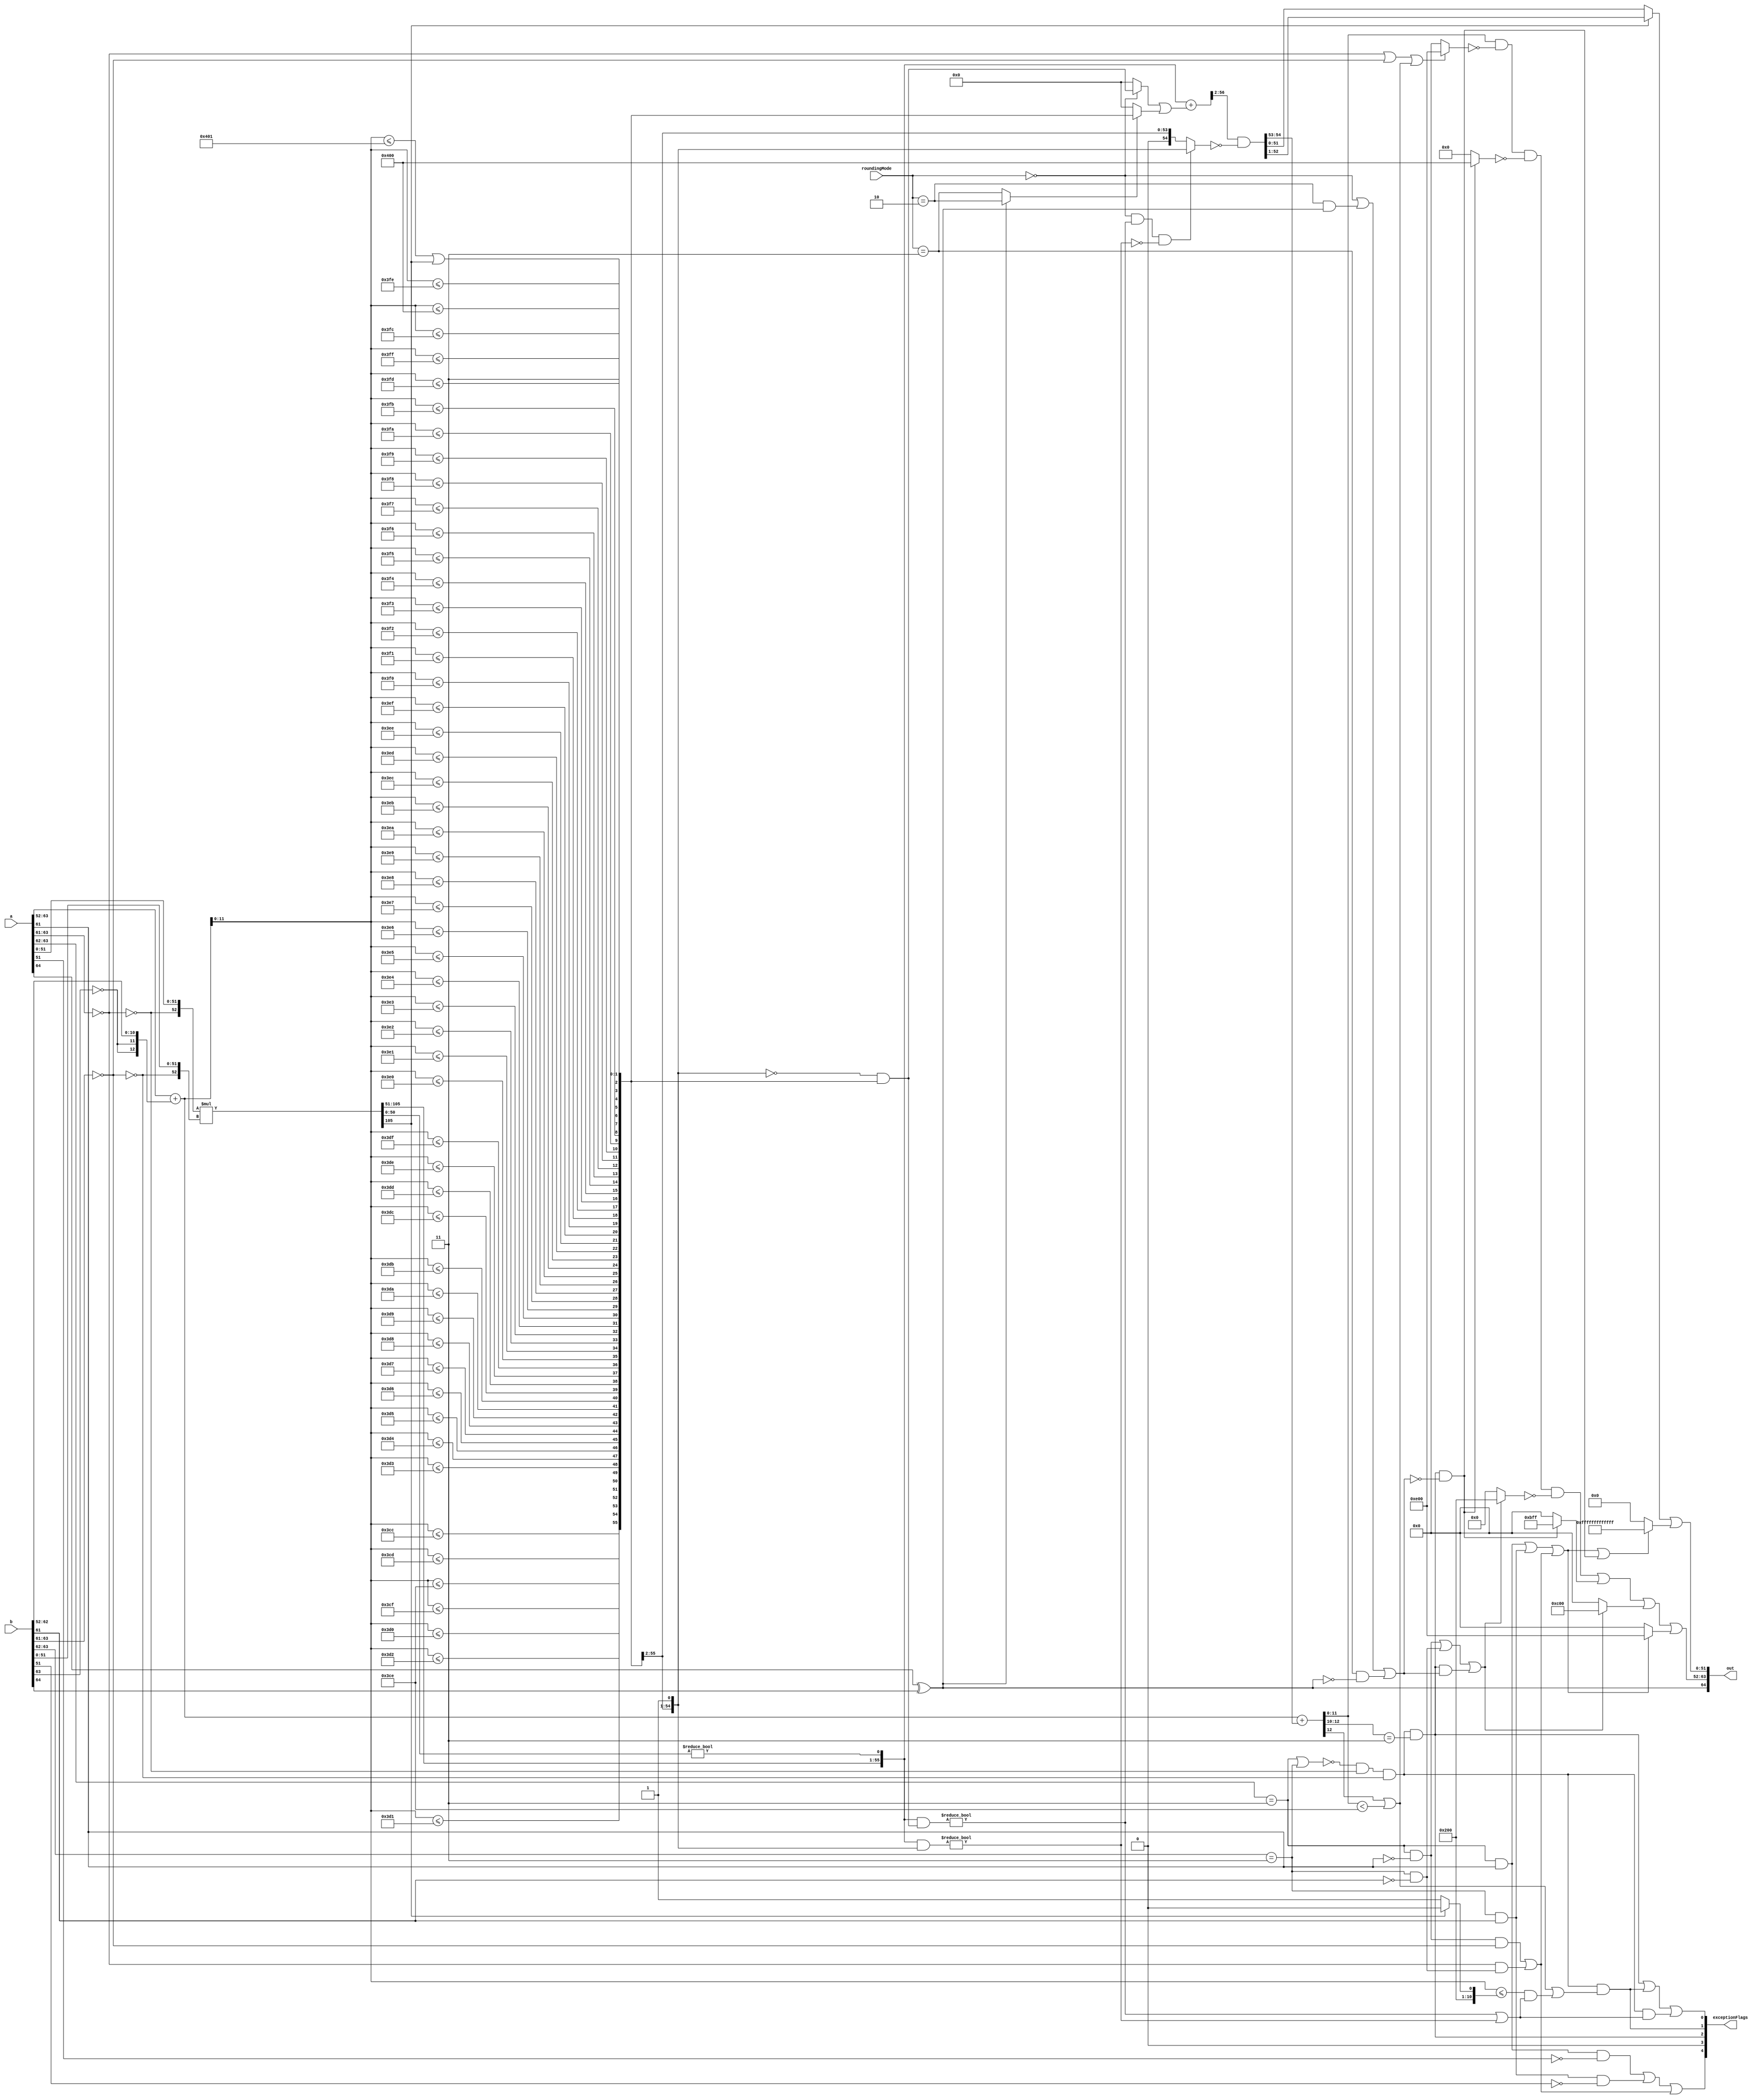

//*** THIS MODULE IS NOT FULLY OPTIMIZED.

//*** DO THIS ANOTHER WAY?
`define round_nearest_even 2'b00
`define round_minMag       2'b01
`define round_min          2'b10
`define round_max          2'b11

module mulRecodedFloat64( a, b, roundingMode, out, exceptionFlags );

    input  [64:0] a, b;
    input  [1:0]  roundingMode;
    output [64:0] out;
    output [4:0]  exceptionFlags;

    /*------------------------------------------------------------------------
    *------------------------------------------------------------------------*/
    wire         signA;
    wire [11:0]  expA;
    wire [51:0]  fractA;
    wire         isZeroA, isSpecialA, isInfA, isNaNA, isSigNaNA;
    wire [52:0]  sigA;
    wire         signB;
    wire [11:0]  expB;
    wire [51:0]  fractB;
    wire         isZeroB, isSpecialB, isInfB, isNaNB, isSigNaNB;
    wire [52:0]  sigB;
    wire         roundingMode_nearest_even, roundingMode_minMag;
    wire         roundingMode_min, roundingMode_max;

    wire         signOut;
    wire [12:0]  expProd;
    wire [11:0]  notNeg_expProd;
    wire [105:0] sigProd;
    wire         prodShift1;
    wire [55:0]  sigProdX;
    wire [55:0]  roundMask, roundPosMask, roundIncr;
    wire [56:0]  roundSigProdX;
    wire         roundPosBit, anyRoundExtra, roundInexact, roundEven;
    wire [54:0]  sigProdY;
    wire [12:0]  sExpY;
    wire [11:0]  expY;
    wire [51:0]  fractY;
    wire         overflowY, totalUnderflowY, underflowY, inexactY;
    wire         overflowY_roundMagUp;

    wire         mulSpecial, commonCase;
    wire         notSigNaN_invalid, invalid, overflow, underflow, inexact;
    wire         notSpecial_isZeroOut, isSatOut, notNaN_isInfOut, isNaNOut;
    wire [11:0]  expOut;
    wire [51:0]  fractOut;
    wire [64:0]  out;
    wire [4:0]   exceptionFlags;

    /*------------------------------------------------------------------------
    *------------------------------------------------------------------------*/
    assign signA  = a[64];
    assign expA   = a[63:52];
    assign fractA = a[51:0];
    assign isZeroA = ( expA[11:9] == 3'b000 );
    assign isSpecialA = ( expA[11:10] == 2'b11 );
    assign isInfA = isSpecialA & ~ expA[9];
    assign isNaNA = isSpecialA &   expA[9];
    assign isSigNaNA = isNaNA & ~ fractA[51];
    assign sigA = {~ isZeroA, fractA};

    assign signB  = b[64];
    assign expB   = b[63:52];
    assign fractB = b[51:0];
    assign isZeroB = ( expB[11:9] == 3'b000 );
    assign isSpecialB = ( expB[11:10] == 2'b11 );
    assign isInfB = isSpecialB & ~ expB[9];
    assign isNaNB = isSpecialB &   expB[9];
    assign isSigNaNB = isNaNB & ~ fractB[51];
    assign sigB = {~ isZeroB, fractB};

    assign roundingMode_nearest_even = ( roundingMode == `round_nearest_even );
    assign roundingMode_minMag       = ( roundingMode == `round_minMag       );
    assign roundingMode_min          = ( roundingMode == `round_min          );
    assign roundingMode_max          = ( roundingMode == `round_max          );

    /*------------------------------------------------------------------------
    *------------------------------------------------------------------------*/
    assign signOut = signA ^ signB;

    assign expProd = expA + {{2{~ expB[11]}}, expB[10:0]};
    assign notNeg_expProd = expProd[11:0];
    assign sigProd = sigA * sigB;
    assign prodShift1 = sigProd[105];
    assign sigProdX = {sigProd[105:51], ( sigProd[50:0] != 0 )};

//*** FIRST TWO BITS NEEDED?
    assign roundMask =
        {( notNeg_expProd <= 12'b001111001100 ),
         ( notNeg_expProd <= 12'b001111001101 ),
         ( notNeg_expProd <= 12'b001111001110 ),
         ( notNeg_expProd <= 12'b001111001111 ),
         ( notNeg_expProd <= 12'b001111010000 ),
         ( notNeg_expProd <= 12'b001111010001 ),
         ( notNeg_expProd <= 12'b001111010010 ),
         ( notNeg_expProd <= 12'b001111010011 ),
         ( notNeg_expProd <= 12'b001111010100 ),
         ( notNeg_expProd <= 12'b001111010101 ),
         ( notNeg_expProd <= 12'b001111010110 ),
         ( notNeg_expProd <= 12'b001111010111 ),
         ( notNeg_expProd <= 12'b001111011000 ),
         ( notNeg_expProd <= 12'b001111011001 ),
         ( notNeg_expProd <= 12'b001111011010 ),
         ( notNeg_expProd <= 12'b001111011011 ),
         ( notNeg_expProd <= 12'b001111011100 ),
         ( notNeg_expProd <= 12'b001111011101 ),
         ( notNeg_expProd <= 12'b001111011110 ),
         ( notNeg_expProd <= 12'b001111011111 ),
         ( notNeg_expProd <= 12'b001111100000 ),
         ( notNeg_expProd <= 12'b001111100001 ),
         ( notNeg_expProd <= 12'b001111100010 ),
         ( notNeg_expProd <= 12'b001111100011 ),
         ( notNeg_expProd <= 12'b001111100100 ),
         ( notNeg_expProd <= 12'b001111100101 ),
         ( notNeg_expProd <= 12'b001111100110 ),
         ( notNeg_expProd <= 12'b001111100111 ),
         ( notNeg_expProd <= 12'b001111101000 ),
         ( notNeg_expProd <= 12'b001111101001 ),
         ( notNeg_expProd <= 12'b001111101010 ),
         ( notNeg_expProd <= 12'b001111101011 ),
         ( notNeg_expProd <= 12'b001111101100 ),
         ( notNeg_expProd <= 12'b001111101101 ),
         ( notNeg_expProd <= 12'b001111101110 ),
         ( notNeg_expProd <= 12'b001111101111 ),
         ( notNeg_expProd <= 12'b001111110000 ),
         ( notNeg_expProd <= 12'b001111110001 ),
         ( notNeg_expProd <= 12'b001111110010 ),
         ( notNeg_expProd <= 12'b001111110011 ),
         ( notNeg_expProd <= 12'b001111110100 ),
         ( notNeg_expProd <= 12'b001111110101 ),
         ( notNeg_expProd <= 12'b001111110110 ),
         ( notNeg_expProd <= 12'b001111110111 ),
         ( notNeg_expProd <= 12'b001111111000 ),
         ( notNeg_expProd <= 12'b001111111001 ),
         ( notNeg_expProd <= 12'b001111111010 ),
         ( notNeg_expProd <= 12'b001111111011 ),
         ( notNeg_expProd <= 12'b001111111100 ),
         ( notNeg_expProd <= 12'b001111111101 ),
         ( notNeg_expProd <= 12'b001111111110 ),
         ( notNeg_expProd <= 12'b001111111111 ),
         ( notNeg_expProd <= 12'b010000000000 ),
         ( notNeg_expProd <= 12'b010000000001 ) | prodShift1,
         2'b11};
    assign roundPosMask = ~ {1'b0, roundMask>>1} & roundMask;
    assign roundIncr =
          ( roundingMode_nearest_even ? roundPosMask : 0 )
        | ( ( signOut ? roundingMode_min : roundingMode_max ) ? roundMask
                : 0 );
    assign roundSigProdX = sigProdX + {1'b0, roundIncr};
    assign roundPosBit = ( ( sigProdX & roundPosMask ) != 0 );
    assign anyRoundExtra = ( ( sigProdX & roundMask>>1 ) != 0 );
    assign roundInexact = roundPosBit | anyRoundExtra;
    assign roundEven =
        roundingMode_nearest_even & roundPosBit & ! anyRoundExtra;
    assign sigProdY =
        roundSigProdX>>2 & ~ ( roundEven ? roundMask>>1 : roundMask>>2 );
//*** COMPOUND ADD FOR `expProd'?
    assign sExpY = expProd + sigProdY[54:53];
    assign expY = sExpY[11:0];
    assign fractY = prodShift1 ? sigProdY[52:1] : sigProdY[51:0];

    assign overflowY = ( sExpY[12:10] == 3'b011 );
//*** CHANGE TO USE `expProd'/`notNeg_expProd'?
    assign totalUnderflowY = sExpY[12] | ( sExpY[11:0] < 12'b001111001110 );
    assign underflowY =
//*** REPLACE?:
        totalUnderflowY
//*** USE EARLIER BITS FROM `roundMask'?
            | ( ( notNeg_expProd
                      <= ( prodShift1 ? 12'b010000000000 : 12'b010000000001 ) )
                    & roundInexact );
    assign inexactY = roundInexact;

    assign overflowY_roundMagUp =
        roundingMode_nearest_even | ( roundingMode_min & signOut )
            | ( roundingMode_max & ~ signOut );

    /*------------------------------------------------------------------------
    *------------------------------------------------------------------------*/
    assign mulSpecial = isSpecialA | isSpecialB;
    assign commonCase = ~ mulSpecial & ~ isZeroA & ~ isZeroB;

    assign notSigNaN_invalid = ( isInfA & isZeroB ) | ( isZeroA & isInfB );
    assign invalid = isSigNaNA | isSigNaNB | notSigNaN_invalid;
    assign overflow = commonCase & overflowY;
    assign underflow = commonCase & underflowY;
//*** SPEED BY USING `commonCase & totalUnderflowY' INSTEAD OF `underflow'?
    assign inexact = overflow | underflow | ( commonCase & inexactY );

    assign notSpecial_isZeroOut = isZeroA | isZeroB | totalUnderflowY;
    assign isSatOut = overflow & ~ overflowY_roundMagUp;
    assign notNaN_isInfOut =
        isInfA | isInfB | ( overflow & overflowY_roundMagUp );
    assign isNaNOut = isNaNA | isNaNB | notSigNaN_invalid;

    assign expOut =
        (   expY
          & ~ ( notSpecial_isZeroOut ? 12'b111000000000 : 0 )
          & ~ ( isSatOut             ? 12'b010000000000 : 0 )
          & ~ ( notNaN_isInfOut      ? 12'b001000000000 : 0 )
        ) | ( isSatOut        ? 12'b101111111111 : 0 )
          | ( notNaN_isInfOut ? 12'b110000000000 : 0 )
          | ( isNaNOut        ? 12'b111000000000 : 0 );
    assign fractOut = fractY | ( isNaNOut | isSatOut ? 52'hFFFFFFFFFFFFF : 0 );
    assign out = {signOut, expOut, fractOut};

    assign exceptionFlags = {invalid, 1'b0, overflow, underflow, inexact};

endmodule